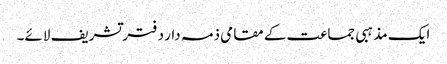
ایک مذہبی جماعت کے مقامی ذمہ دار دفتر تشریف لائے۔